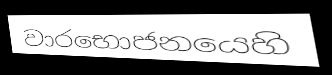
වාරභොජනයෙහි